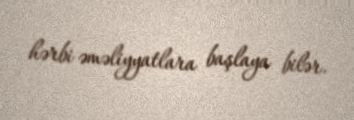
hərbi əməliyyatlara başlaya bilər.